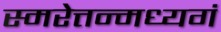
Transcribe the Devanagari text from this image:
स्मरेत्तन्मध्यगं